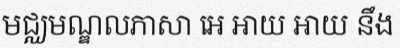
មជ្ឈមណ្ឌលភាសា អេ អាយ អាយ នឹង